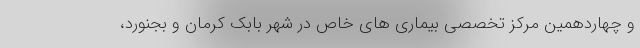
و چهاردهمین مرکز تخصصی بیماری های خاص در شهر بابک کرمان و بجنورد،